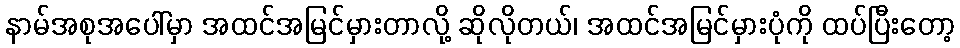
နာမ်အစုအပေါ်မှာ အထင်အမြင်မှားတာလို့ ဆိုလိုတယ်၊ အထင်အမြင်မှားပုံကို ထပ်ပြီးတော့